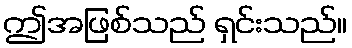
ဤအဖြစ်သည် ရှင်းသည်။